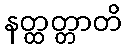
နတ္ထတ္တာတိ